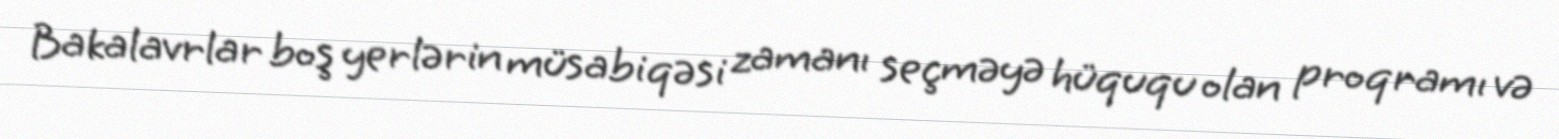
Bakalavrlar boş yerlərin müsabiqəsi zamanı seçməyə hüququ olan proqramı və